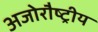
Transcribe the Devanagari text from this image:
अजोरौष्ट्रीय